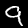
Label: 9